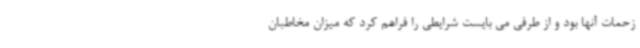
زحمات آنها بود و از طرفی می بایست شرایطی را فراهم کرد که میزان مخاطبان